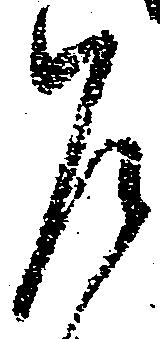
乍